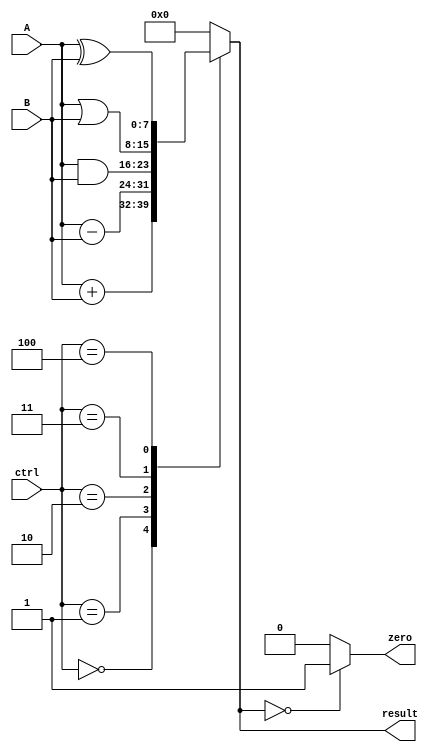
module ALU (
    input [7:0] A,
    input [7:0] B,
    input [2:0] ctrl,
    output reg [7:0] result,
    output reg zero
);

// Adder block
always @(*) begin
    case (ctrl)
        3'b000: result = A + B; // Addition
        3'b001: result = A - B; // Subtraction
        3'b010: result = A & B; // Bitwise AND
        3'b011: result = A | B; // Bitwise OR
        3'b100: result = A ^ B; // Bitwise XOR
        default: result = 8'b0;
    endcase
end

// Zero flag check
always @(result) begin
    if (result == 8'b0) 
        zero = 1'b1;
    else
        zero = 1'b0;
end

endmodule